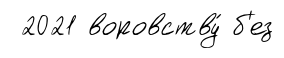
2021 воровству́ б'ез